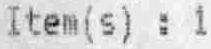
ITEM(S) : 1